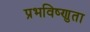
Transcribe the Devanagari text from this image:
प्रभविष्णुता